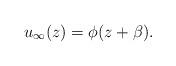
LaTeX: \begin{align*}u_\infty(z) = \phi(z+\beta) .\end{align*}